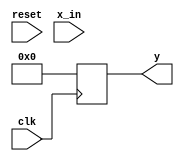
module sin_filt(
          input clk,
		input reset,
		   input signed [17:0] x_in,
		   output reg signed [17:0] y   );
			
/*
reg signed [17:0] b0, b1, b2, b3, b4, b5, b6, b7,
                  b8, b9, b10, b11, b12, b13, b14, b15;
reg signed [17:0] x0, x1, x2, x3, x4, x5, x6, x7, x8, x9,
                  x10, x11, x12, x13, x14, x15, x16, x17,
						x18, x19, 
						X20, X21, X2, X2, X2, X2, X2, 
						X2, X2, X2, 
*/
integer i;	
reg signed [17:0]	b[10:0];				 
reg signed [17:0]	x[20:0];	
reg signed [36:0] mult_out[10:0];
reg signed [18:0] sum_level_1[10:0];
reg signed [18:0] sum_level_2[5:0];
reg signed [18:0] sum_level_3[2:0];
reg signed [18:0] sum_level_4[1:0];
reg signed [18:0] sum_level_5;

always @ (reset)
begin
for(i=0; i<20;i=i+1)
x[i] <= 0;
end
always @ (reset)
begin
for(i=0; i<10;i=i+1)
mult_out[i] <= 0;
end
always @ (reset)
begin
for(i=0; i<10;i=i+1)
sum_level_1[i] <= 0;
end
always @ (reset)
begin
for(i=0; i<5;i=i+1)
sum_level_2[i] <= 0;
end
always @ (reset)
begin
for(i=0; i<2;i=i+1)
sum_level_3[i] <= 0;
end
always @ (reset)
begin
for(i=0; i<1;i=i+1)
sum_level_4[i] <= 0;
end
always @ (reset)
sum_level_5 <= 0;


// no head room gain of 1
// always @ (posedge reset)
//  begin
//    b[0] =  18'sd4095;
//    b[1] =  18'sd5901;
//    b[2] =  18'sd3327;
//    b[3] =  -18'sd3449;
//    b[4] =  -18'sd10679;
//    b[5] =  -18'sd12461;
//    b[6] =  -18'sd4028;
//    b[7] =  18'sd14916;
//    b[8] =  18'sd38992;
//    b[9] =  18'sd59145;
//    b[10] = 18'sd66992;
//    end

// with head room managed for worst case
   always @ (reset)
 begin
   b[0] <=  18'sd2818;
   b[1] <=  18'sd4061;
   b[2] <=  18'sd2290;
   b[3] <=  -18'sd2372;
   b[4] <=  -18'sd7348;
   b[5] <=  -18'sd8574;
   b[6] <=  -18'sd2771;
   b[7] <=  18'sd10264;
   b[8] <=  18'sd26830;
   b[9] <=  18'sd40697;
   b[10] <= 18'sd46097;
   end

always @ (posedge clk)
x[0] <= x_in; 

always @ (posedge clk)
begin
for(i=1; i<21;i=i+1)
x[i] <= x[i-1];
end


always @ *
for(i=0;i<=9;i=i+1)
sum_level_1[i] <= x[i]+x[20-i];

always @ *
sum_level_1[10] <= x[10];


// always @ (posedge clk)
always @ (posedge clk)
for(i=0;i<=10; i=i+1)
mult_out[i] <= sum_level_1[i] * b[i];

// collapse mult_out into sum level 2, since 0:10 is odd: add 0:9 and set 10
 always @ *
for(i=0;i<=4;i=i+1)
sum_level_2[i] <= mult_out[2*i][36:18] + mult_out[2*i+1][36:18];

always @ *
sum_level_2[5] <= mult_out[10][36:18];

// simular to prev but even so can straight sum
always @ *
for(i=0;i<=2;i=i+1)
sum_level_3[i] <= sum_level_2[2*i] + sum_level_2[2*i+1];
			


always @ *
sum_level_4[0] <= sum_level_3[0] + sum_level_3[1];

always @ *
sum_level_4[1] <= sum_level_3[2];

always @ *
sum_level_5 <= sum_level_4[0] + sum_level_4[1];

always @ (posedge clk)
y <= sum_level_5[17:0];


// always @ * // 1s17 format
//    begin
//    b[0] =  18'sd4095;
//    b[1] =  18'sd5901;
//    b[2] =  18'sd3327;
//    b[3] =  -18'sd3449;
//    b[4] =  -18'sd10679;
//    b[5] =  -18'sd12461;
//    b[6] =  -18'sd4028;
//    b[7] =  18'sd14916;
//    b[8] =  18'sd38992;
//    b[9] =  18'sd59145;
//    b[10] = 18'sd66992;
//    end

always @ *
begin
   b[0] <=  18'sd2817;
   b[1] <=  18'sd4060;
   b[2] <=  18'sd2289;
   b[3] <=  -18'sd2373;
   b[4] <=  -18'sd7348;
   b[5] <=  -18'sd8574;
   b[6] <=  -18'sd2772;
   b[7] <=  18'sd10263;
   b[8] <=  18'sd26830;
   b[9] <=  18'sd40696;
   b[10] <= 18'sd46096;
   end




/* for debugging
always@ *
for (i=0; i<=15; i=i+1)
if (i==15) % center coefficient
b[i] = 18'sd 131071; % almost 1 i.e. 1-2^(17)
else b[i] =18'sd0; % other than center coefficient
*/

/* for debugging
always@ *
for (i=0; i<=15; i=i+1)
 b[i] =18'sd 8192; % value of 1/16
*/
endmodule